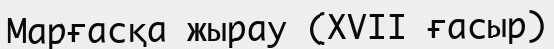
Марғасқа жырау (XVII ғасыр)